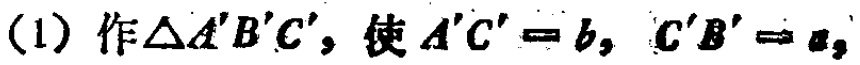
(1) 作$\triangle A'B'C'$，使$A'C' = b$，$C'B' = a$，